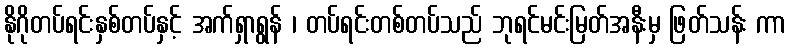
နိုဂိုတပ်ရင်းနှစ်တပ်နှင့် အက်ရှာရွန် ၊ တပ်ရင်းတစ်တပ်သည် ဘုရင်မင်းမြတ်အနီးမှ ဖြတ်သန်း ကာ